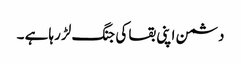
دشمن اپنی بقا کی جنگ لڑ رہا ہے ۔